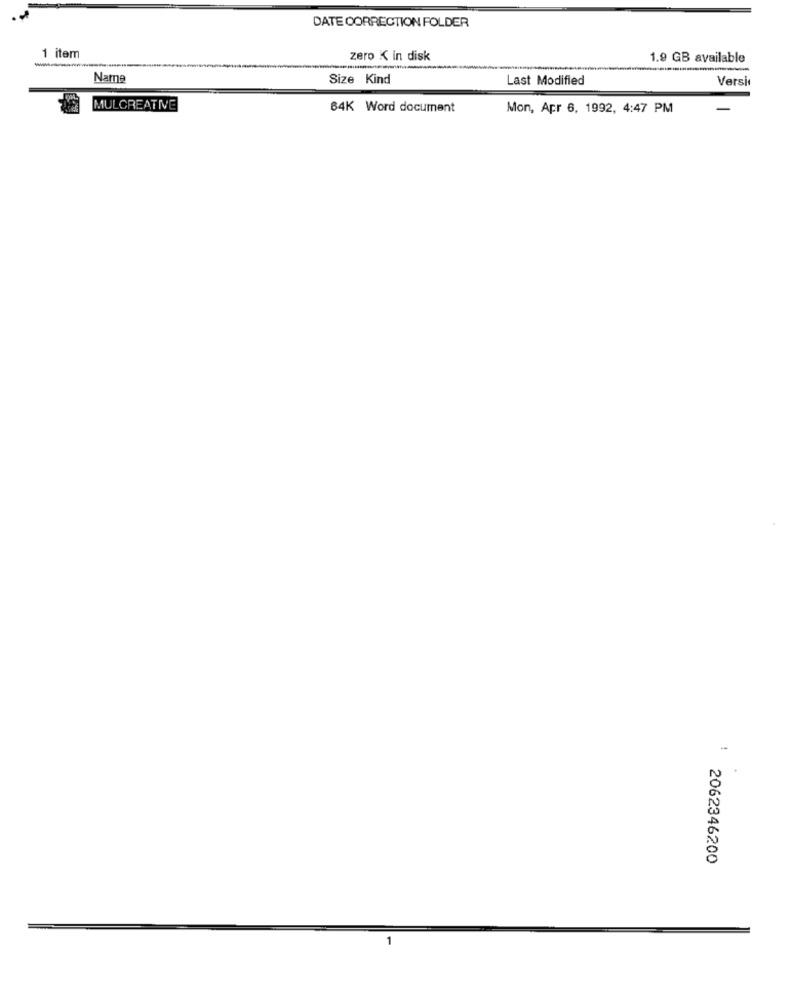
DATE CORRECTION FOLDER
1 item
zero K In disk
1.9 GB available
Name
Size Kind
Last Modified
Versi
MULCREATIVE
64K Word document
Mon, Apr 6, 1992, 4:47 PM
-
2062346200